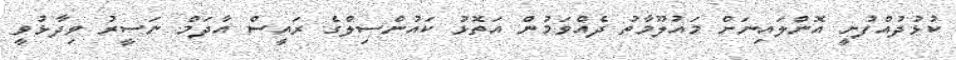
ކުޅުދުއްްފުށީ އޮންލައިނަށް މައުލޫމާތު ދެއްވަމުން އަތޮޅު ކައުންސިލްގެ ރައީސް އާދަމް ނަސީރު ވިދާޅުވީ